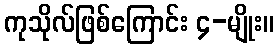
ကုသိုလ်ဖြစ်ကြောင်း ၄-မျိုး။